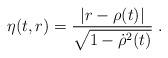
LaTeX: \begin{align*}\eta(t,r)=\frac{|r-\rho(t)|}{\sqrt{1-{\dot\rho}^2(t)}}\; .\end{align*}